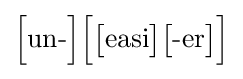
{\Big [}{\mbox{un-}}{\Big ]}{\Big [}{\big [}{\mbox{easi}}{\big ]}{\big [}{\mbox{-er}}{\big ]}{\Big ]}